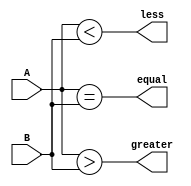
module comparator_64bit (
    input [63:0] A,
    input [63:0] B,
    output equal,
    output greater,
    output less
);

assign equal = (A == B);
assign greater = (A > B);
assign less = (A < B);

endmodule